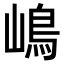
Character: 嶋